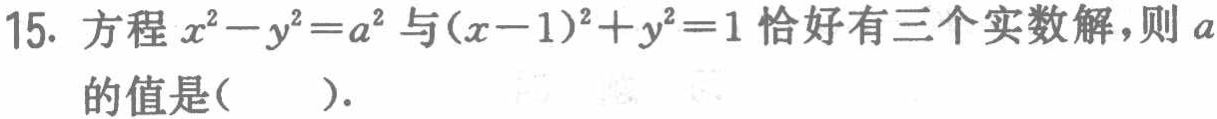
15. 方程$x^{2}-y^{2}=a^{2}$与$(x - 1)^{2}+y^{2}=1$恰好有三个实数解，则$a$的值是( ).